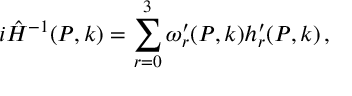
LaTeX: i \hat { H } ^ { - 1 } ( P , k ) = \sum _ { r = 0 } ^ { 3 } \omega _ { r } ^ { \prime } ( P , k ) h _ { r } ^ { \prime } ( P , k ) \, ,